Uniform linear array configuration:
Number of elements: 24
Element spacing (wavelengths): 0.75
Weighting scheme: hann
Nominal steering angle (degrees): -15
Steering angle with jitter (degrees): -15.324
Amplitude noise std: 0.05
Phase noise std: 0.05

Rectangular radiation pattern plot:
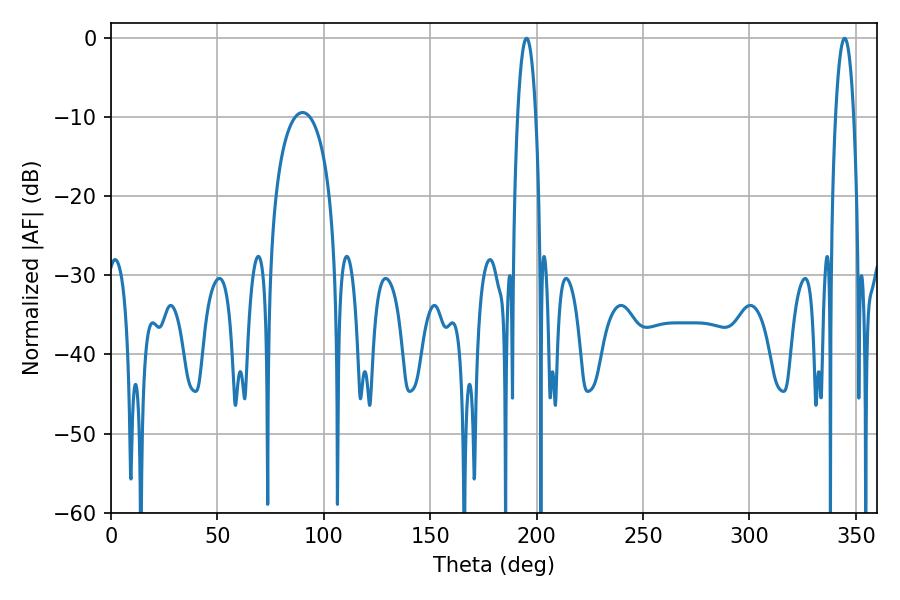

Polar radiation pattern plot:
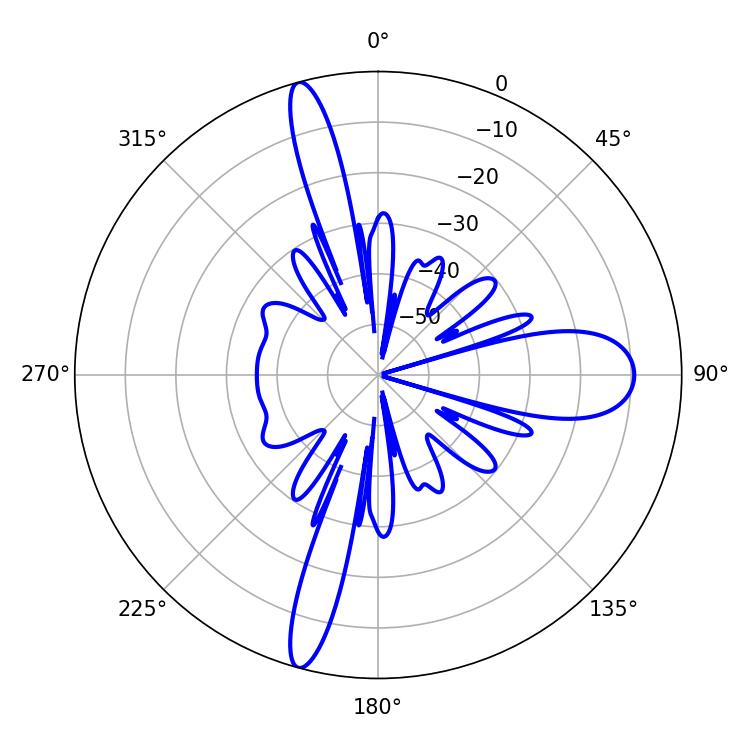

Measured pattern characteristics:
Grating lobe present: TRUE
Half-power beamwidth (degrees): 4.68
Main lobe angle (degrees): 344.7